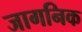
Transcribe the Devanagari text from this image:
जागनिक